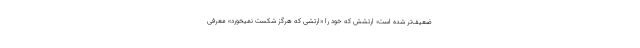
ضعیف‌تر شده است؛ ارتشش که خود را «ارتشی که هرگز شکست نمیخورد» معرّفی